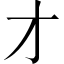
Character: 才